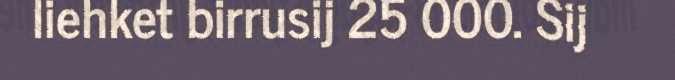
liehket birrusij 25 000. Sij